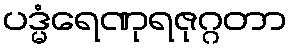
ပဒ္မံရေဏုရဇုဂ္ဂတာ